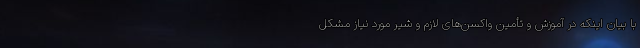
با بیان اینکه در آموزش و تأمین واکسن‌های لازم و شیر مورد نیاز مشکل